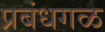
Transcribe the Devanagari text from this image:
प्रबंधगळ